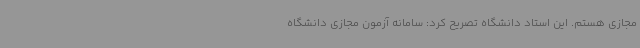
مجازی هستم. این استاد دانشگاه تصریح کرد: سامانه آزمون مجازی دانشگاه